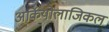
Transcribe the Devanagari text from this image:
अर्कियोलाजिकल